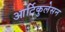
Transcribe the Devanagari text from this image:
आर्टिकुलेसन